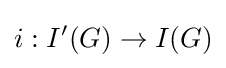
i:I'(G)\to I(G)